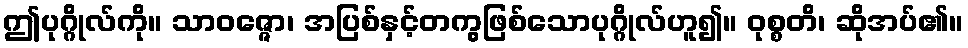
ဤပုဂ္ဂိုလ်ကို။ သာဝဇ္ဇော၊ အပြစ်နှင့်တကွဖြစ်သောပုဂ္ဂိုလ်ဟူ၍။ ဝုစ္စတိ၊ ဆိုအပ်၏။